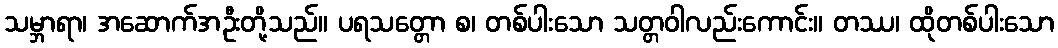
သမ္ဘာရာ၊ အဆောက်အဦးတို့သည်။ ပရသတ္တော စ၊ တစ်ပါးသော သတ္တဝါလည်းကောင်း။ တဿ၊ ထိုတစ်ပါးသော